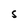
Character: S